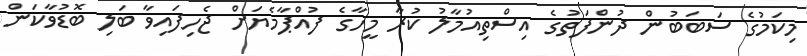
މިކަމުގެ ސަބަބުން ދުންފަތުގެ އިސްތިއުމާލު ކުރާ މީހާގެ ފުއްޕާމެޔަށް ޖެހިފައިވާ ބަލި ބޮޑުވާކަން